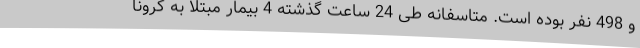
و 498 نفر بوده است. متاسفانه طی 24 ساعت گذشته 4 بیمار مبتلا به کرونا